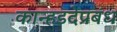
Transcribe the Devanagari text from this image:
कान्हडदेप्रबंध